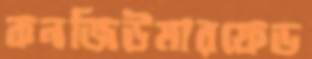
কনজিউমারফেড